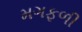
મગફળી